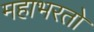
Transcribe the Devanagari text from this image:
महाभरतो